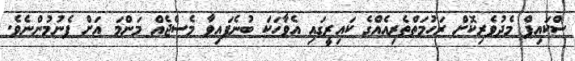
ސްކައިޕް މެދުވެރިކޮށް ރަހުމަތްތެރިއެއްގެ ކައިރީގައި އެވާހަކަ ބުނެފައިވާ މެސެޖެއް މަންމަ އަށް ފެނުމުންނެވެ.